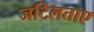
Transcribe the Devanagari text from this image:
जटिलताए